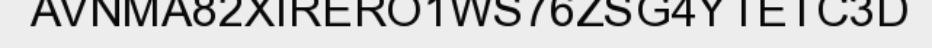
AVNMA82XIRERO1WS76ZSG4YTETC3D